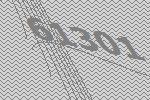
61301